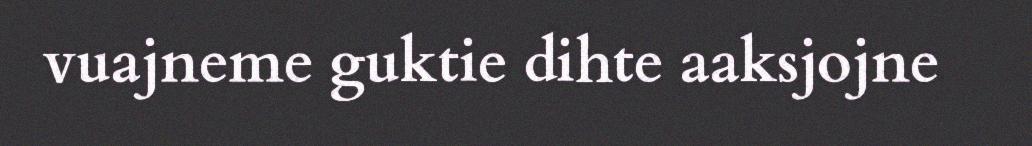
vuajneme guktie dihte aaksjojne